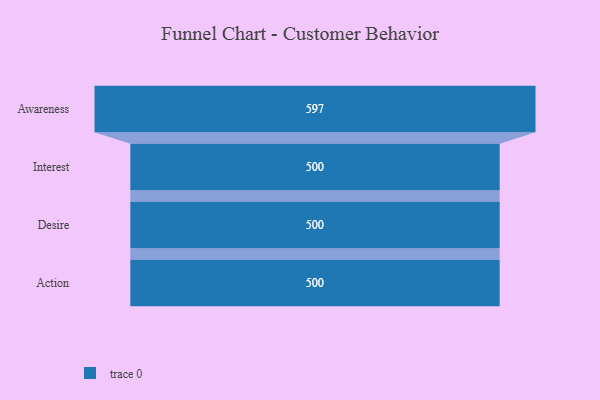
{"axis": {"x": "Stage", "y": "Value"}, "legend": [""], "data": [{"x": "Awareness", "y": 597.0, "type": ""}, {"x": "Interest", "y": 500, "type": ""}, {"x": "Desire", "y": 500, "type": ""}, {"x": "Action", "y": 500, "type": ""}]}